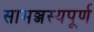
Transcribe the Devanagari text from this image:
सामञ्जस्यपूर्ण